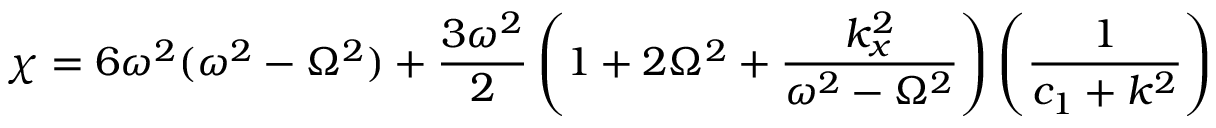
\chi = 6 \omega ^ { 2 } ( \omega ^ { 2 } - \Omega ^ { 2 } ) + \frac { 3 \omega ^ { 2 } } { 2 } \left( 1 + 2 \Omega ^ { 2 } + \frac { k _ { x } ^ { 2 } } { \omega ^ { 2 } - \Omega ^ { 2 } } \right) \left( \frac { 1 } { c _ { 1 } + k ^ { 2 } } \right)